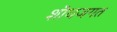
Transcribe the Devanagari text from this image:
शॊधजगत